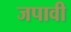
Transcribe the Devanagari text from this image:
जपावी